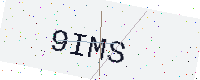
Text: 9IMS